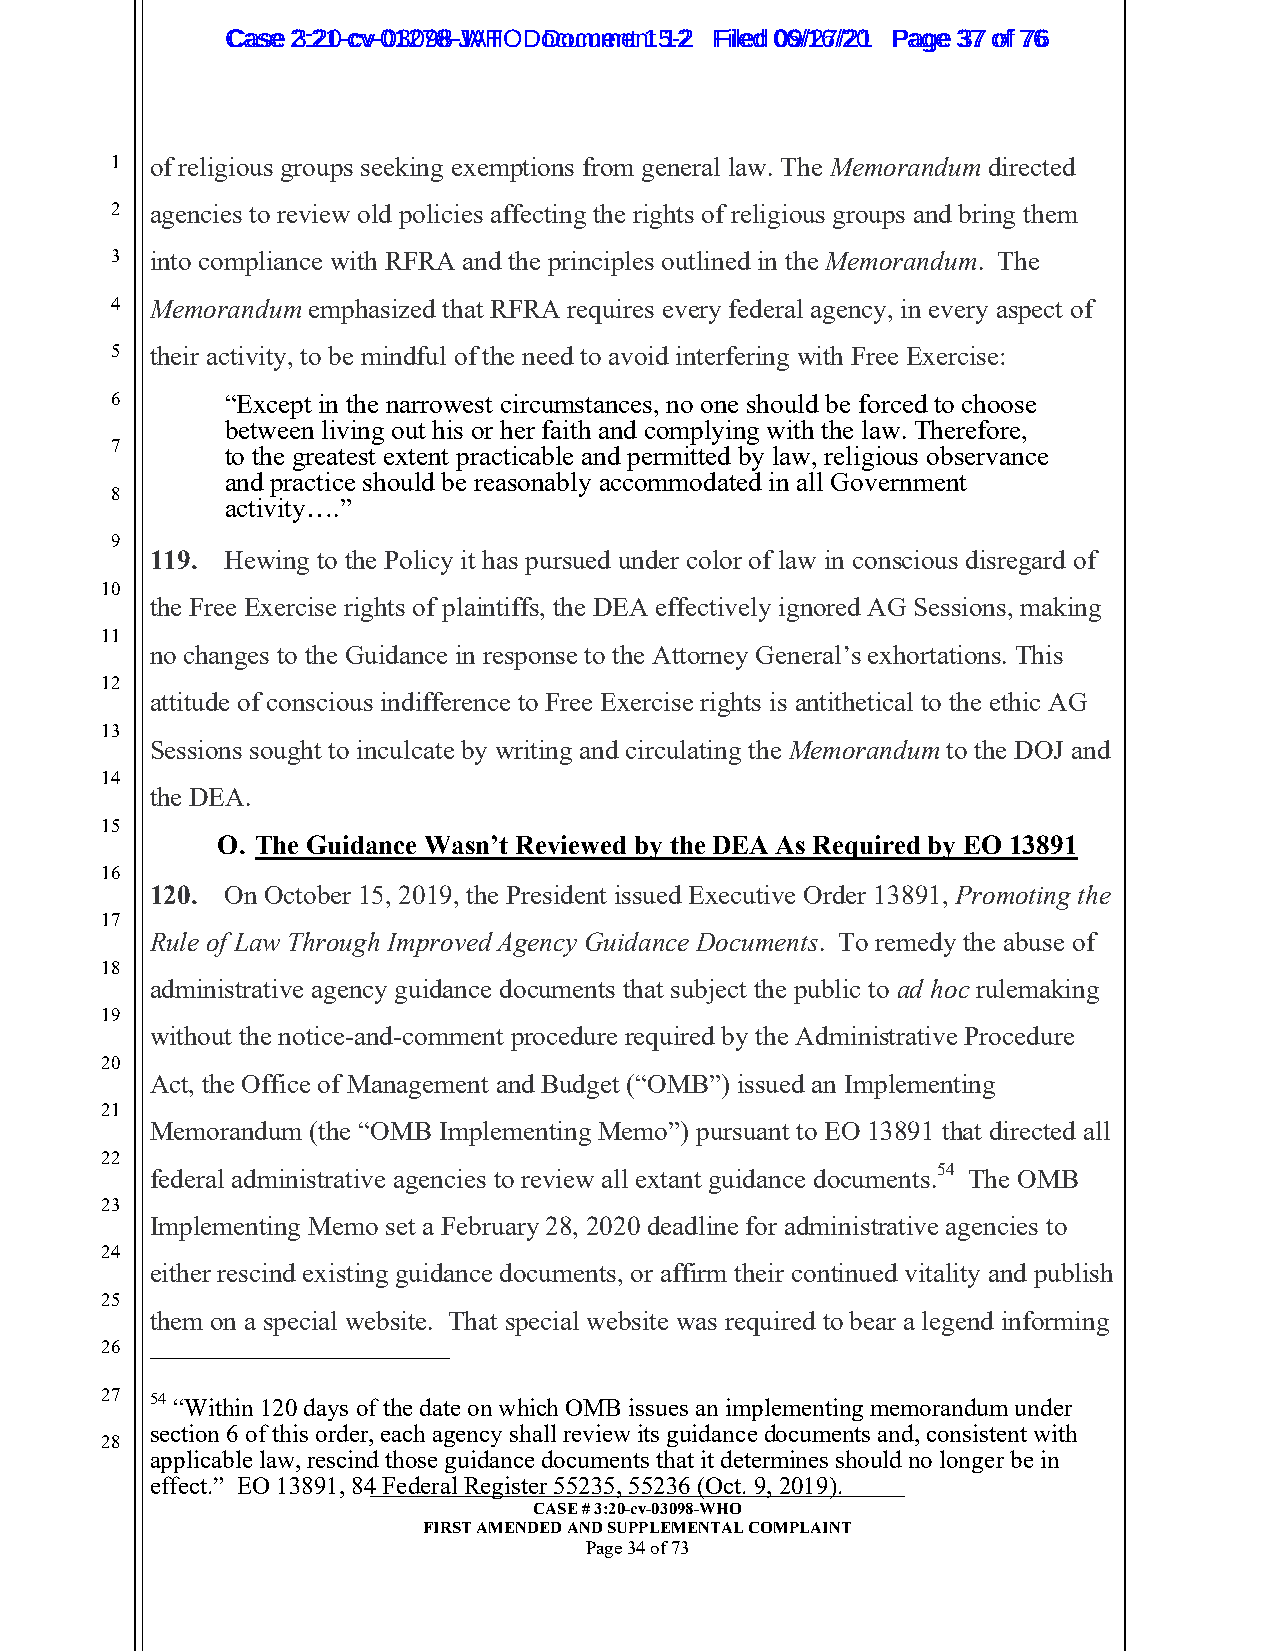
CCaassee 23::2210--ccvv--0013207988--JWAHT O D oDcoucmumenetn 1t 51-22 FFiilleedd 0069//1267//2201 PPaaggee 3377 ooff 7766
 1  of religious groups seeking exemptions from general law. The Memorandum directed
 2  agencies to review old policies affecting the rights of religious groups and bring them
 3  into compliance with RFRA and the principles outlined in the Memorandum. The
 4  Memorandum emphasized that RFRA requires every federal agency, in every aspect of
 5  their activity, to be mindful of the need to avoid interfering with Free Exercise:
 6       “Except in the narrowest circumstances, no one should be forced to choose
 between living out his or her faith and complying with the law. Therefore,
 7       to the greatest extent practicable and permitted by law, religious observance
 and practice should be reasonably accommodated in all Government
 8
 activity….”
 9
 119. Hewing to the Policy it has pursued under color of law in conscious disregard of
 10
 the Free Exercise rights of plaintiffs, the DEA effectively ignored AG Sessions, making
 11
 no changes to the Guidance in response to the Attorney General’s exhortations. This
 12
 attitude of conscious indifference to Free Exercise rights is antithetical to the ethic AG
 13
 Sessions sought to inculcate by writing and circulating the Memorandum to the DOJ and
 14
 the DEA.
 15
 O. The Guidance Wasn’t Reviewed by the DEA As Required by EO 13891
 16
 120. On October 15, 2019, the President issued Executive Order 13891, Promoting the
 17
 Rule of Law Through Improved Agency Guidance Documents. To remedy the abuse of
 18
 administrative agency guidance documents that subject the public to ad hoc rulemaking
 19
 without the notice-and-comment procedure required by the Administrative Procedure
 20
 Act, the Office of Management and Budget (“OMB”) issued an Implementing
 21
 Memorandum (the “OMB Implementing Memo”) pursuant to EO 13891 that directed all
 22
 federal administrative agencies to review all extant guidance documents.54 The OMB
 23
 Implementing Memo set a February 28, 2020 deadline for administrative agencies to
 24
 either rescind existing guidance documents, or affirm their continued vitality and publish
 25
 them on a special website. That special website was required to bear a legend informing
 26
 27 54 “Within 120 days of the date on which OMB issues an implementing memorandum under
 section 6 of this order, each agency shall review its guidance documents and, consistent with
 28
 applicable law, rescind those guidance documents that it determines should no longer be in
 effect.” EO 13891, 84_ _F_e_d__e_r_a_l_ R__e_g__i_s_te_r_ _5_5__2_3_5__, _5_5__2_3_6__ (_O__c_t_._ 9__, _2_0__1_9_)_._ ______
 CASE # 3:20-cv-03098-WHO
 FIRST AMENDED AND SUPPLEMENTAL COMPLAINT
 Page 34 of 73